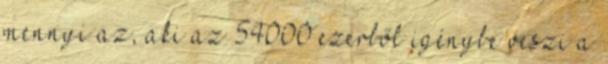
mennyi az, aki az 54000 ezerből igénybe veszi a